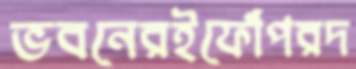
ভবনেরইফোঁপরদ